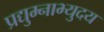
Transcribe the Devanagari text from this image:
प्रद्युम्नाभ्युदय